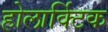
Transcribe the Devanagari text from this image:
होलार्क्टिक